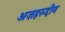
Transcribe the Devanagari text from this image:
अज़हरुद्दीन